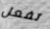
تفعل